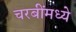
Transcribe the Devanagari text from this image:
चरबींमध्ये